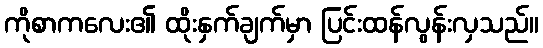
ကိုစာကလေး၏ ထိုးနှက်ချက်မှာ ပြင်းထန်လွန်းလှသည်။